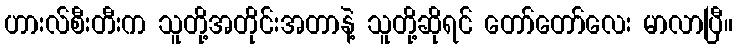
ဟားလ်စီးတီးက သူတို့အတိုင်းအတာနဲ့ သူတို့ဆိုရင် တော်တော်လေး မာလာပြီ။